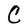
Character: C